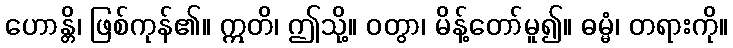
ဟောန္တိ၊ ဖြစ်ကုန်၏။ ဣတိ၊ ဤသို့။ ဝတွာ၊ မိန့်တော်မူ၍။ ဓမ္မံ၊ တရားကို။